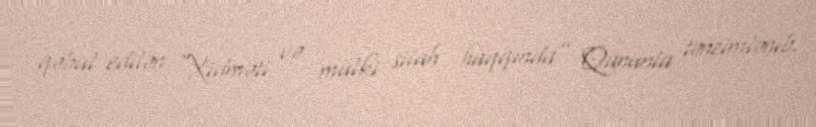
qəbul edilən “Xidməti və mülki silah haqqında” Qanunla tənzimlənib.